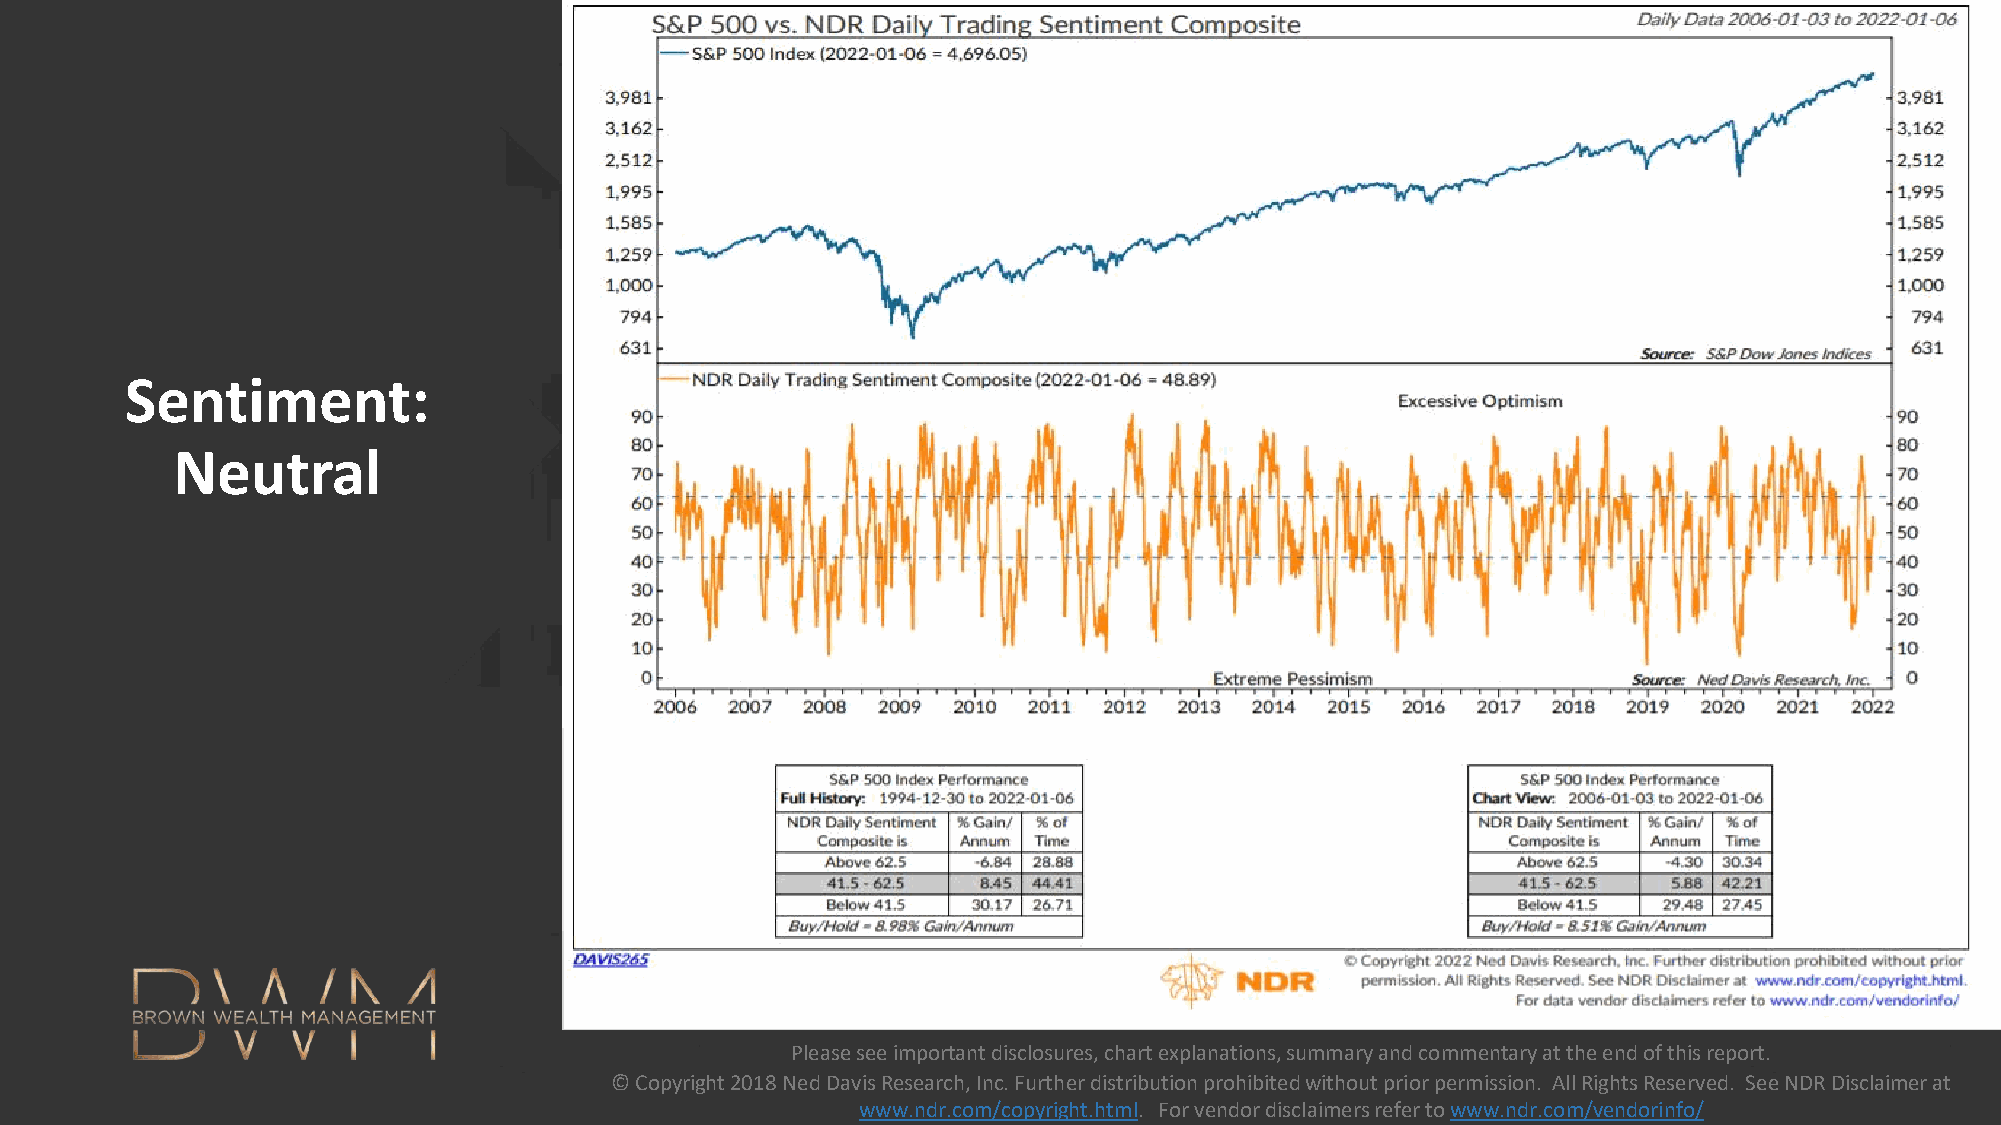
Sentiment:
 Neutral
 Please see important disclosures, chart explanations, summary and commentary at the end of this report.
 Please see important disclosures, chart explanations, © Copyright 2018 Ned Davis Research, Inc. Further distribution prohibited without prior permission. All Rights Reserved. See NDR Disclaimer at
 summary and commentary at the end of this report.      www.ndr.com/copyright.html. For vendor disclaimers refer to www.ndr.com/vendorinfo/